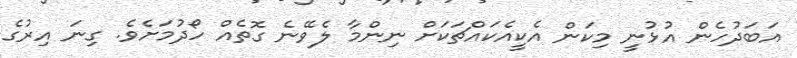
އަބަދުހެން އުޅުނީ މިކަން އެކީއެކައްޗަކަށް ނިންމާ ލެވޭނެ ގޮތެއް ހޯދުމަށެވެ. ގިނަ އިރުގެ